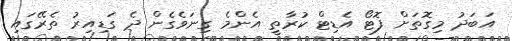
އަބަދު މިގޮތަށް ފޮޓޯ އެޑިޓް ކުރާތީ އެންމެ ގިނަވެގެން ދެ ގަޑިއިރު ތެރޭގައި